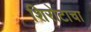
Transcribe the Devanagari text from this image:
शिरोटाचा